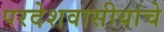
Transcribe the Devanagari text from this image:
परदेशवासीयांचे